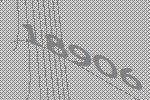
18906